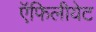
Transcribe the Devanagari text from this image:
ऍफिलीयेट